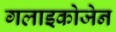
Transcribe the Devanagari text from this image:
गलाइकोजेन